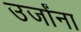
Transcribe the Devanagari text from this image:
उर्जांना